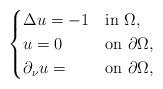
LaTeX: \begin{align*}\begin{cases} \Delta u=-1 &\mbox{in } \Omega, \\ u=0 &\mbox{on } \partial\Omega, \\ \partial_{\nu}u= &\mbox{on } \partial\Omega,\end{cases}\end{align*}